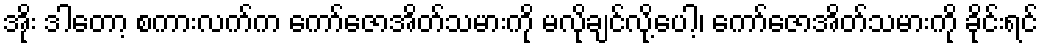
အိုး ဒါတော့ စကားလက်က ကော်ဇောအိတ်သမားကို မလိုချင်လို့ပေါ့၊ ကော်ဇောအိတ်သမားကို ခိုင်းရင်